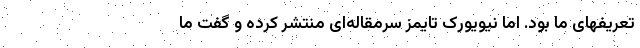
تعریفهای ما بود. اما نیویورک تایمز سرمقاله‌ای منتشر کرده و گفت ما